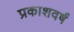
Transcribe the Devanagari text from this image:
प्रकाशवर्षं